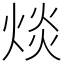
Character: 㷋